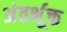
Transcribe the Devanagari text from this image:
अंतर्भूक्त